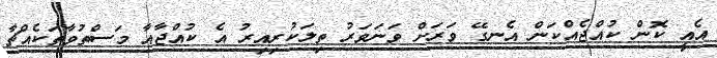
އެއީ ކޮން ކުއްޖެއްކަން އެނގޭ ވަރަށް ވަނަވަރު ތިލަކުރިއިރު އެ ކުއްޖާއާ މަސްތުވާތަކެއްޗާ